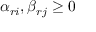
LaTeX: \alpha _ { r i } , \beta _ { r j } \geq 0